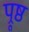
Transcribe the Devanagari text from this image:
प्रूष्ठ